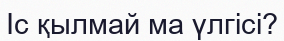
Iс қылмай ма үлгісі?